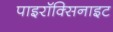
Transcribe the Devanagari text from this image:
पाइरॉक्सिनाइट